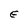
Character: E